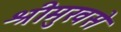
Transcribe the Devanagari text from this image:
श्रीमुखसे